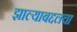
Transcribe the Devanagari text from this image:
झाल्याबद्दलचा